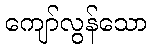
ကျော်လွန်သော